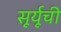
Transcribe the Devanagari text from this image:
सूर्यूची